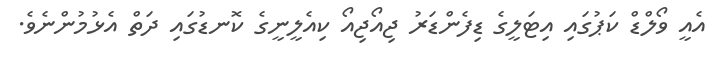
އެއީ ވޯލްޑް ކަޕުގައި އިޓަލީގެ ޑިފެންޑަރު ޖިއޯޖިއޯ ކިއެލީނީގެ ކޮނޑުގައި ދަތް އެޅުމުންނެވެ.